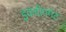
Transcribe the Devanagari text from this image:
इकवीपमेंट